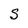
Character: S